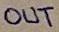
Text: OUT